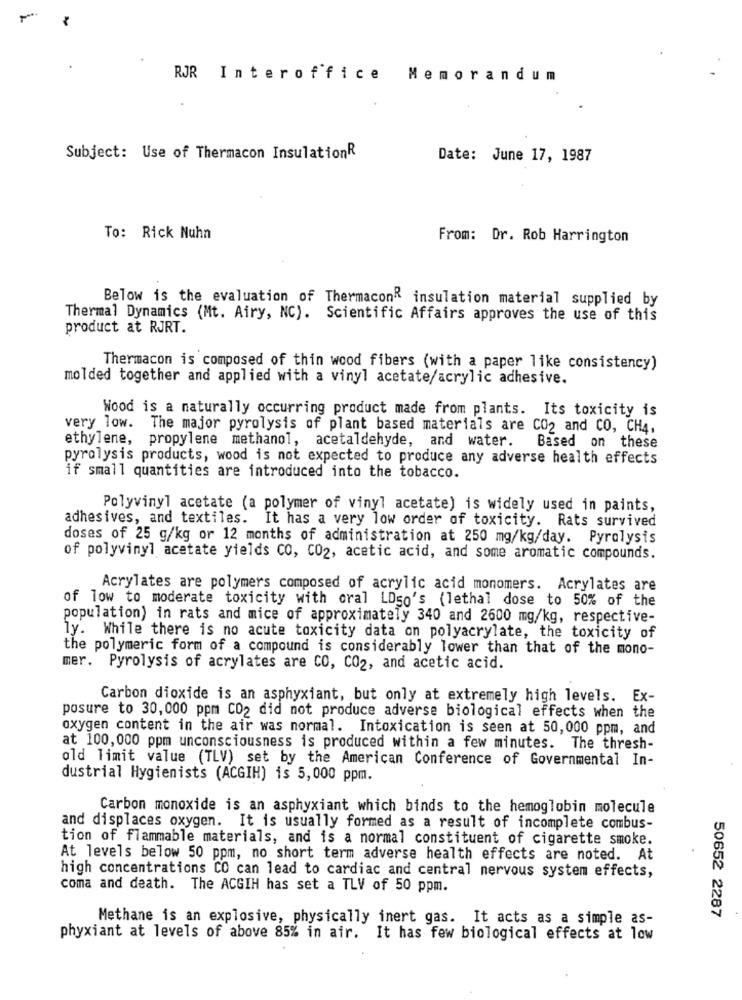
RJR Interoffice
Memorandum
Subject: Use of Thermacon InsulationR
Date: June 17, 1987
To: Rick Nuhn
From: Dr. Rob Harrington
Below is the evaluation of ThermaconR insulation material supplied by
Thermal Dynamics (Mt. Airy, NC). Scientific Affairs approves the use of this
product at RJRT.
Thermacon is composed of thin wood fibers (with a paper like consistency)
molded together and applied with a vinyl acetate/acrylic adhesive.
Wood is a naturally occurring product made from plants. Its toxicity is
very low. The major pyrolysis of plant based materials are CO2 and CO, CH4,
ethylene, propylene methanol, acetaldehyde, and water.
Based on these
pyrolysis products, wood is not expected to produce any adverse health effects
if small quantities are introduced into the tobacco.
Polyvinyl acetate (a polymer of vinyl acetate) is widely used in paints,
adhesives, and textiles. It has a very low order of toxicity. Rats survived
doses of 25 g/kg or 12 months of administration at 250 mg/kg/day. Pyrolysis
of polyvinyl acetate yields CO, CO2, acetic acid, and some aromatic compounds.
Acrylates are polymers composed of acrylic acid monomers. Acrylates are
of low to moderate toxicity with oral LDso's (lethal dose to 50% of the
population) in rats and mice of approximately 340 and 2600 mg/kg, respective-
ly. While there is no acute toxicity data on polyacrylate, the toxicity of
the polymeric form of a compound is considerably lower than that of the mono-
mer. Pyrolysis of acrylates are CO, CO2, and acetic acid.
Carbon dioxide is an asphyxiant, but only at extremely high levels. Ex-
posure to 30, 000 ppm CO2 did not produce adverse biological effects when the
oxygen content in the air was normal. Intoxication is seen at 50,000 ppm, and
at 100,000 ppm unconsciousness is produced within a few minutes. The thresh-
old limit value (TLV) set by the American Conference of Governmental In-
dustrial Hygienists (ACGIH) is 5,000 ppm.
Carbon monoxide is an asphyxiant which binds to the hemoglobin molecule
and displaces oxygen. It is usually formed as a result of incomplete combus-
tion of flammable materials, and is a normal constituent of cigarette smoke.
At levels below 50 ppm, no short term adverse health effects are noted. At
high concentrations CO can lead to cardiac and central nervous system effects,
coma and death. The ACGIH has set a TLV of 50 ppm.
50652 2287
Methane is an explosive, physically inert gas. It acts as a simple as-
phyxiant at levels of above 85% in air. It has few biological effects at low